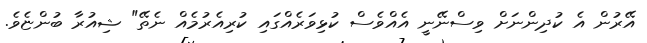
އޭރުން އެ ކުދިންނަށް ވިސްނޭނީ އެއްވެސް ކުޅިވަރެއްގައި ކުރިއެރުމެއް ނެތޭ" ޝިއުރާ ބުންޏެވެ.